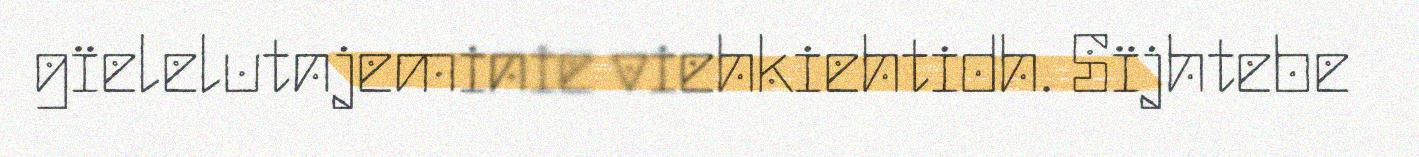
gïelelutnjeminie viehkiehtidh. Sïjhtebe